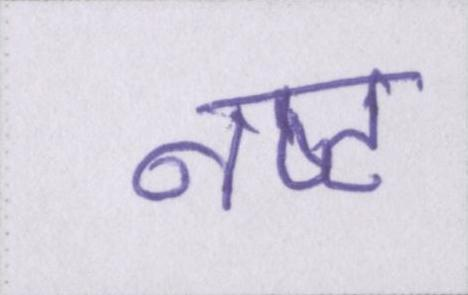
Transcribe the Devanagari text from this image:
नष्ट